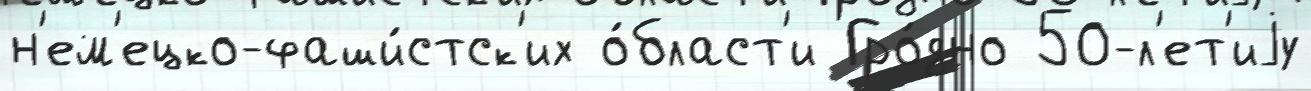
н'ем'ецко-фаши́стск'их о́бласт'и Гро́дно 50-л'ет'иjу